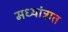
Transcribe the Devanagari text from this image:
मध्यांत्रात